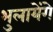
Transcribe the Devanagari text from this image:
भुलायेंगे